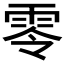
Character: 零